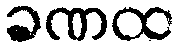
ခဏထ